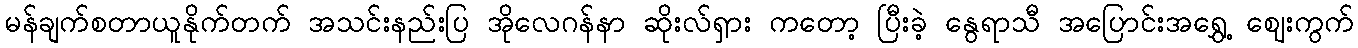
မန်ချက်စတာယူနိုက်တက် အသင်းနည်းပြ အိုလေဂန်နာ ဆိုးလ်ရှား ကတော့ ပြီးခဲ့ နွေရာသီ အပြောင်းအရွှေ့ ဈေးကွက်